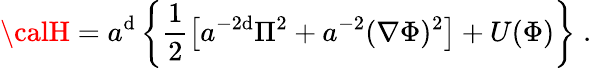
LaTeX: {\calH}=a^{\mathrm{d}}\left\{ \frac{{1}}{{2}}\left[a^{-2\mathrm{d}}\Pi^{2}+a^{-2}({\mathbf{\nabla}}\Phi)^{2}\right]+U(\Phi)\right\} \; .